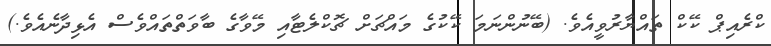
ކްރެއިޕް ކޭކް ތައްޔާރުވީއެވެ. (ބޭނުންނަމަ ކޭކުގެ މައްޗަށް ޗޮކްލެޓާއި މޭވާގެ ބާވަތްތައްވެސް އެޅިދާނެއެވެ.)